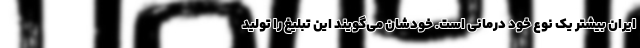
ایران بیشتر یک نوع خود درمانی است. خودشان می‌گویند این تبلیغ را تولید